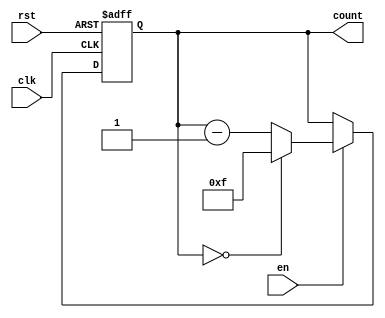
module binary_down_counter #(
    parameter WIDTH = 4 // Parameter to define the bit width of the counter
)(
    input wire clk,      // Clock signal
    input wire rst,      // Asynchronous reset signal
    input wire en,       // Enable signal
    output reg [WIDTH-1:0] count // Current count value
);

    // Maximum value the counter can hold
    localparam MAX_COUNT = (1 << WIDTH) - 1; // 2^WIDTH - 1

    // Always block for counter operation
    always @(posedge clk or posedge rst) begin
        if (rst) begin
            // Reset condition
            count <= MAX_COUNT; // Set to maximum value on reset
        end else if (en) begin
            // Counting down
            if (count == 0) begin
                count <= MAX_COUNT; // Roll over to maximum value
            end else begin
                count <= count - 1; // Decrement the counter
            end
        end
    end

    // Initialize count to maximum value at simulation start
    initial begin
        count = MAX_COUNT;
    end

endmodule